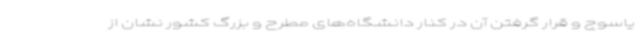
یاسوج و قرار گرفتن آن در کنار دانشگاه‌های مطرح و بزرگ کشور نشان از